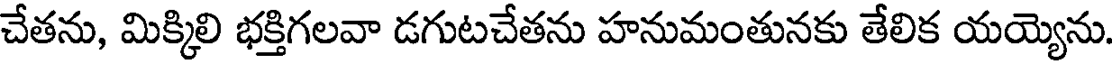
చేతను, మిక్కిలి భక్తిగలవా డగుటచేతను హనుమంతునకు తేలిక యయ్యెను